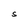
Character: s